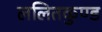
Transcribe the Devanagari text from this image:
ललितकुण्ड